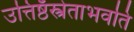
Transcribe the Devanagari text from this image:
उत्तिष्ठँस्त्रेताभवति